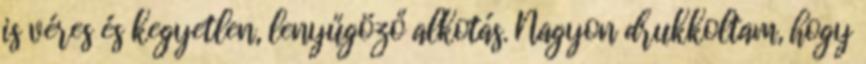
is véres és kegyetlen, lenyűgöző alkotás. Nagyon drukkoltam, hogy